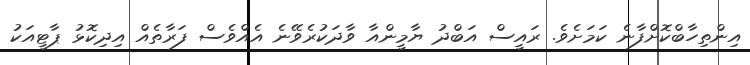
އިންތިހާބްކޮށްފާނެ ކަމަށެވެ. ރައީސް އަބްދު ޔާމީންއާ ވާދަކުރެވޭނެ އެއްވެސް ފަރާތެއް އިދިކޮޅު ޕާޓީއަކު